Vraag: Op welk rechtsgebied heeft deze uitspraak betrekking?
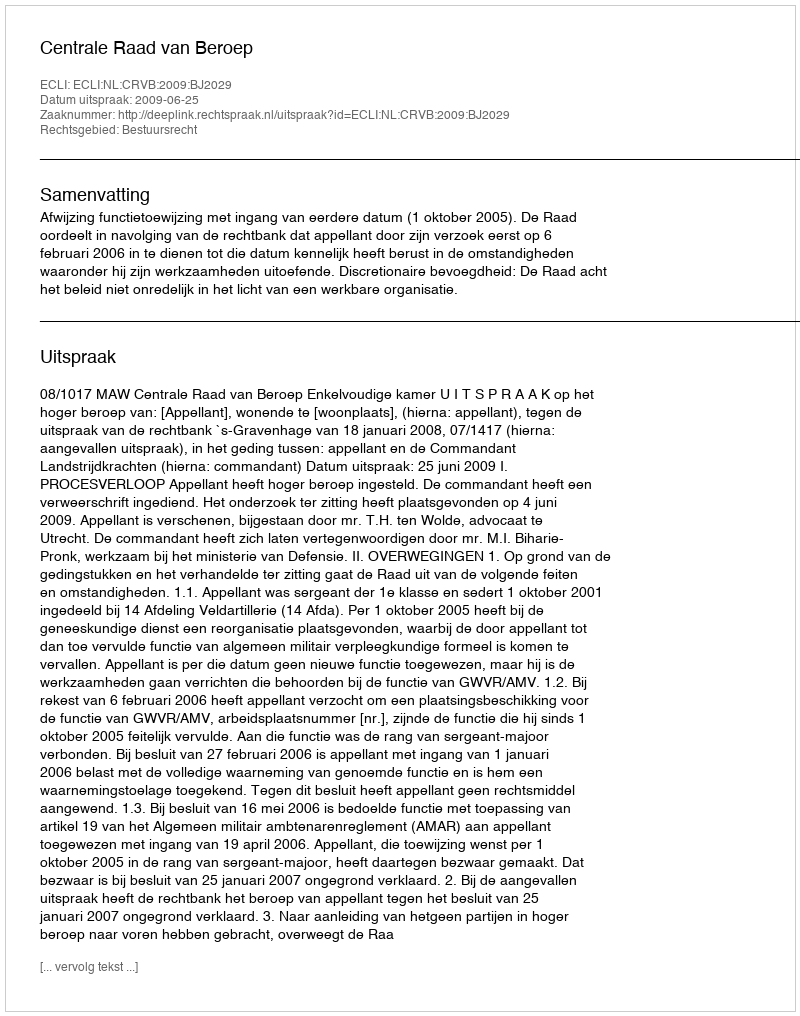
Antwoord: Bestuursrecht